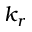
k _ { r }